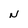
Character: N